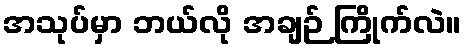
အသုပ်မှာ ဘယ်လို အချဉ် ကြိုက်လဲ။